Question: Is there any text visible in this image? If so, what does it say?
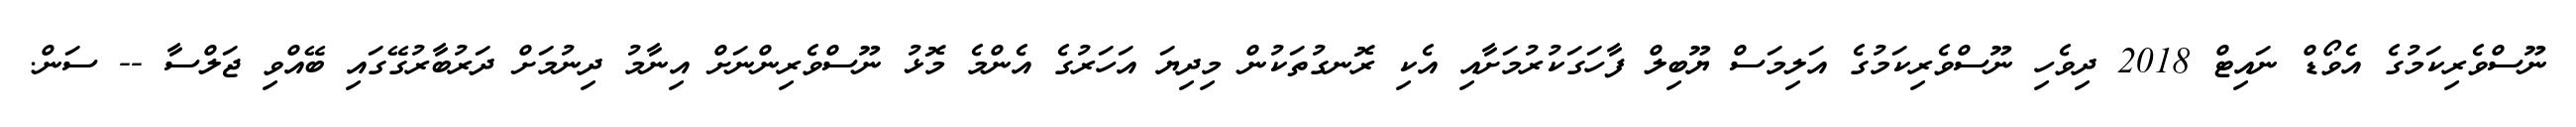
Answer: ނޫސްވެރިކަމުގެ އެވޯޑް ނައިޓް 2018 ދިވެހި ނޫސްވެރިކަމުގެ އަލިމަސް ޔޫބިލް ފާހަގަކުރުމަށާއި އެކި ރޮނގުތަކުން މިދިޔަ އަހަރުގެ އެންމެ މޮޅު ނޫސްވެރިންނަށް އިނާމު ދިނުމަށް ދަރުބާރުގޭގައި ބޭއްވި ޖަލްސާ -- ސަން.